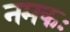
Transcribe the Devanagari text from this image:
नमकः